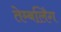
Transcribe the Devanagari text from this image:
तेम्बलिंग